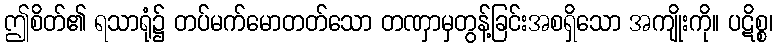
ဤစိတ်၏ ရသာရုံ၌ တပ်မက်မောတတ်သော တဏှာမှတွန့်ခြင်းအစရှိသော အကျိုးကို။ ပဋိစ္စ၊